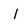
Character: 1